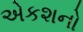
એકશનો